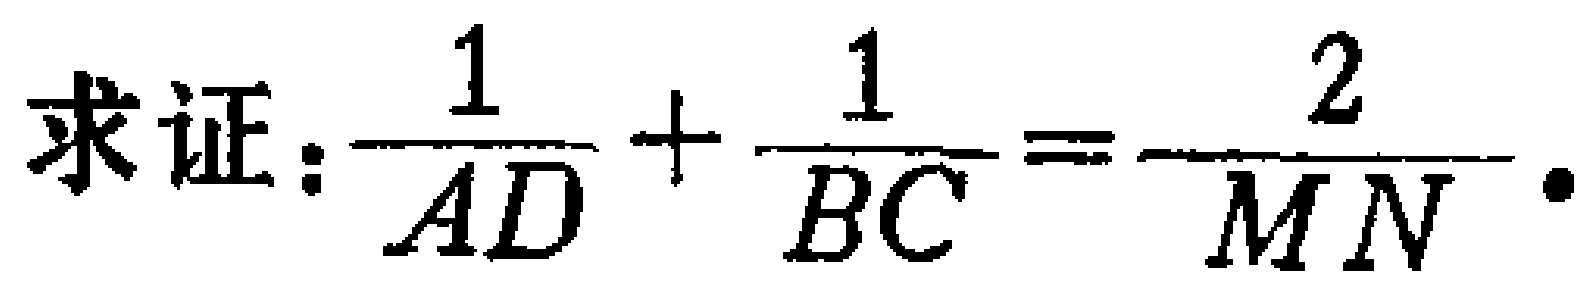
求证：\(\frac{1}{AD}+\frac{1}{BC}=\frac{2}{MN}\)。